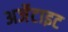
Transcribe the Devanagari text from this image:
अर्जेटाइट